Report of an investigation of the epidemic of malarial fever in Assam, or, kala-azar
Disease focus: Malaria
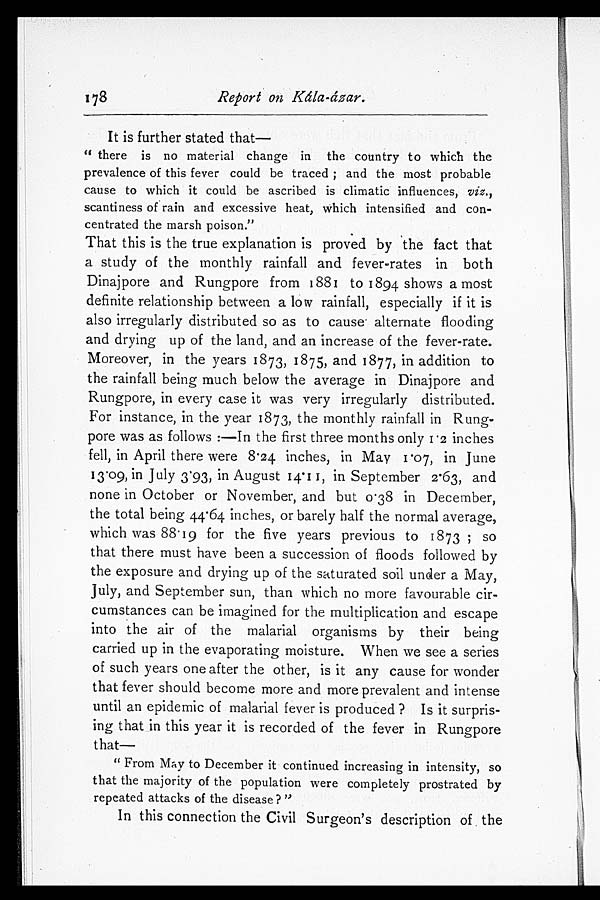
178 Report on Kála-ázar.
It is further stated that
—
"there is no material change in the country to which the
prevalence of this fever could be traced; and the most probable
cause to which it could be ascribed is climatic influences, viz.,
scantiness of rain and excessive heat, which intensified and con
-centrated the marsh poison."
That this is the true explanation is proved by the fact that
a study of the monthly rainfall and fever-rates in both
Dinajpore and Rungpore from 1881 to 1894 shows a most
definite relationship between a low rainfall, especially if it is
also irregularly distributed so as to cause alternate flooding
and drying up of the land, and an increase of the fever-rat
e. Moreover, in the years 1873, 1875, and 1877, in addition to
the rainfall being much below the average in Dinajpore and
Rungpore, in every case it was very irregularly distributed.
For instance, in the year 1873, the monthly rainfall in Rung-
pore was as follows:—In the first three months only 1·2 inches
fell, in April there were 8·24 inches, in May 1·07, in June
13·09, in July 3·93, in August 14·11, in September 2·63, and
none in October or November, and but 0·38 in December,
the total being 44·64 inches, or barely half the normal average,
which was 88·19 for the five years previous to 1873; so
that there must have been a succession of floods followed by
the exposure and drying up of the saturated soil under a May,
July, and September sun, than which no more favourable cir
-cumstances can be imagined for the multiplication and escape
into the air of the malarial organisms by their being
carried up in the evaporating moisture. When we see a series
of such years one after the other, is it any cause for wonder
that fever should become more and more prevalent and intense
until an epidemic of malarial fever is produced? Is it surpris-
ing that in this year it is recorded of the fever in Rungpore
that—
"From May to December it continued increasing in intensity, so
that the majority of the population were completely prostrated by
repeated attacks of the disease?
"
In this connection the Civil Surgeon's description of the